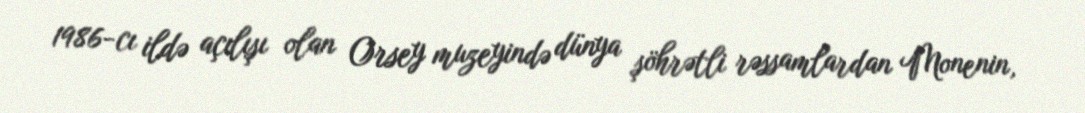
1986-cı ildə açılışı olan Orsey muzeyində dünya şöhrətli rəssamlardan Monenin,